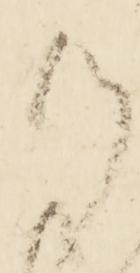
候